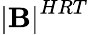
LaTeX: \mathbf{\left|B\right|}^{HRT}